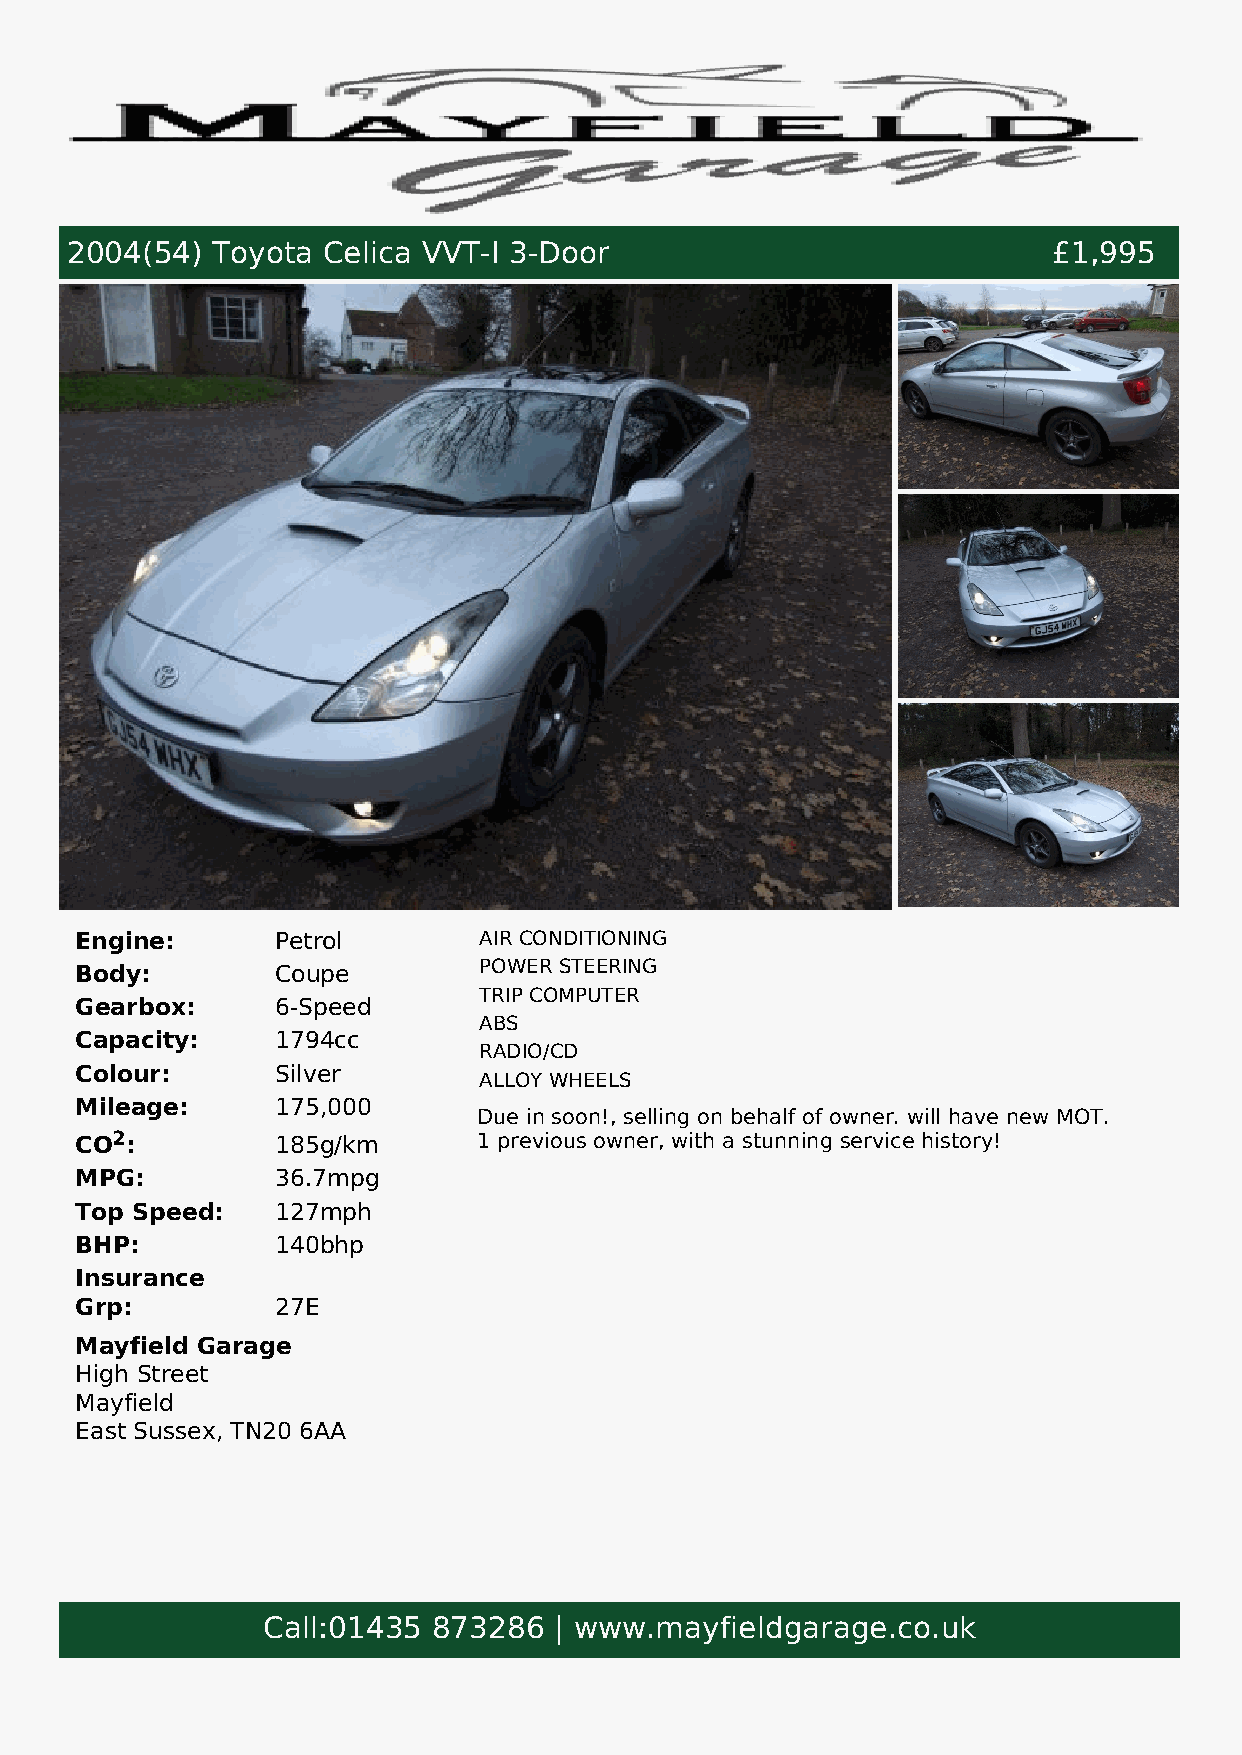
2004(54)  Toyota Celica VVT-I 3-Door                              £1,995
 Engine:      Petrol        AIR CONDITIONING
 Body:        Coupe         POWER STEERING
 TRIP COMPUTER
 Gearbox:     6-Speed
 ABS
 Capacity:    1794cc
 RADIO/CD
 Colour:      Silver
 ALLOY WHEELS
 Mileage:     175,000
 Due in soon!, selling on behalf of owner. will have new MOT. ​
 CO2:         185g/km       1 previous owner, with a stunning service history!
 MPG:         36.7mpg
 Top Speed:   127mph
 BHP:         140bhp
 Insurance
 Grp:         27E
 Mayfield Garage
 High Street
 Mayfield
 East Sussex, TN20 6AA
 Call:01435  873286  | www.mayfieldgarage.co.uk